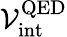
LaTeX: \mathcal{V}_{\mathrm{{int}}}^{\mathrm{{QED}}}